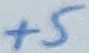
Text: +5